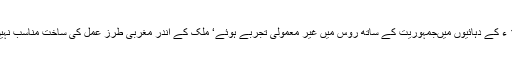
1990 ء کے دہائیوں میںجمہوریت کے ساتھ روس میں غیر معمولی تجربے ہوئے‘ ملک کے اندر مغربی طرز عمل کی ساخت مناسب نہیں تھی۔